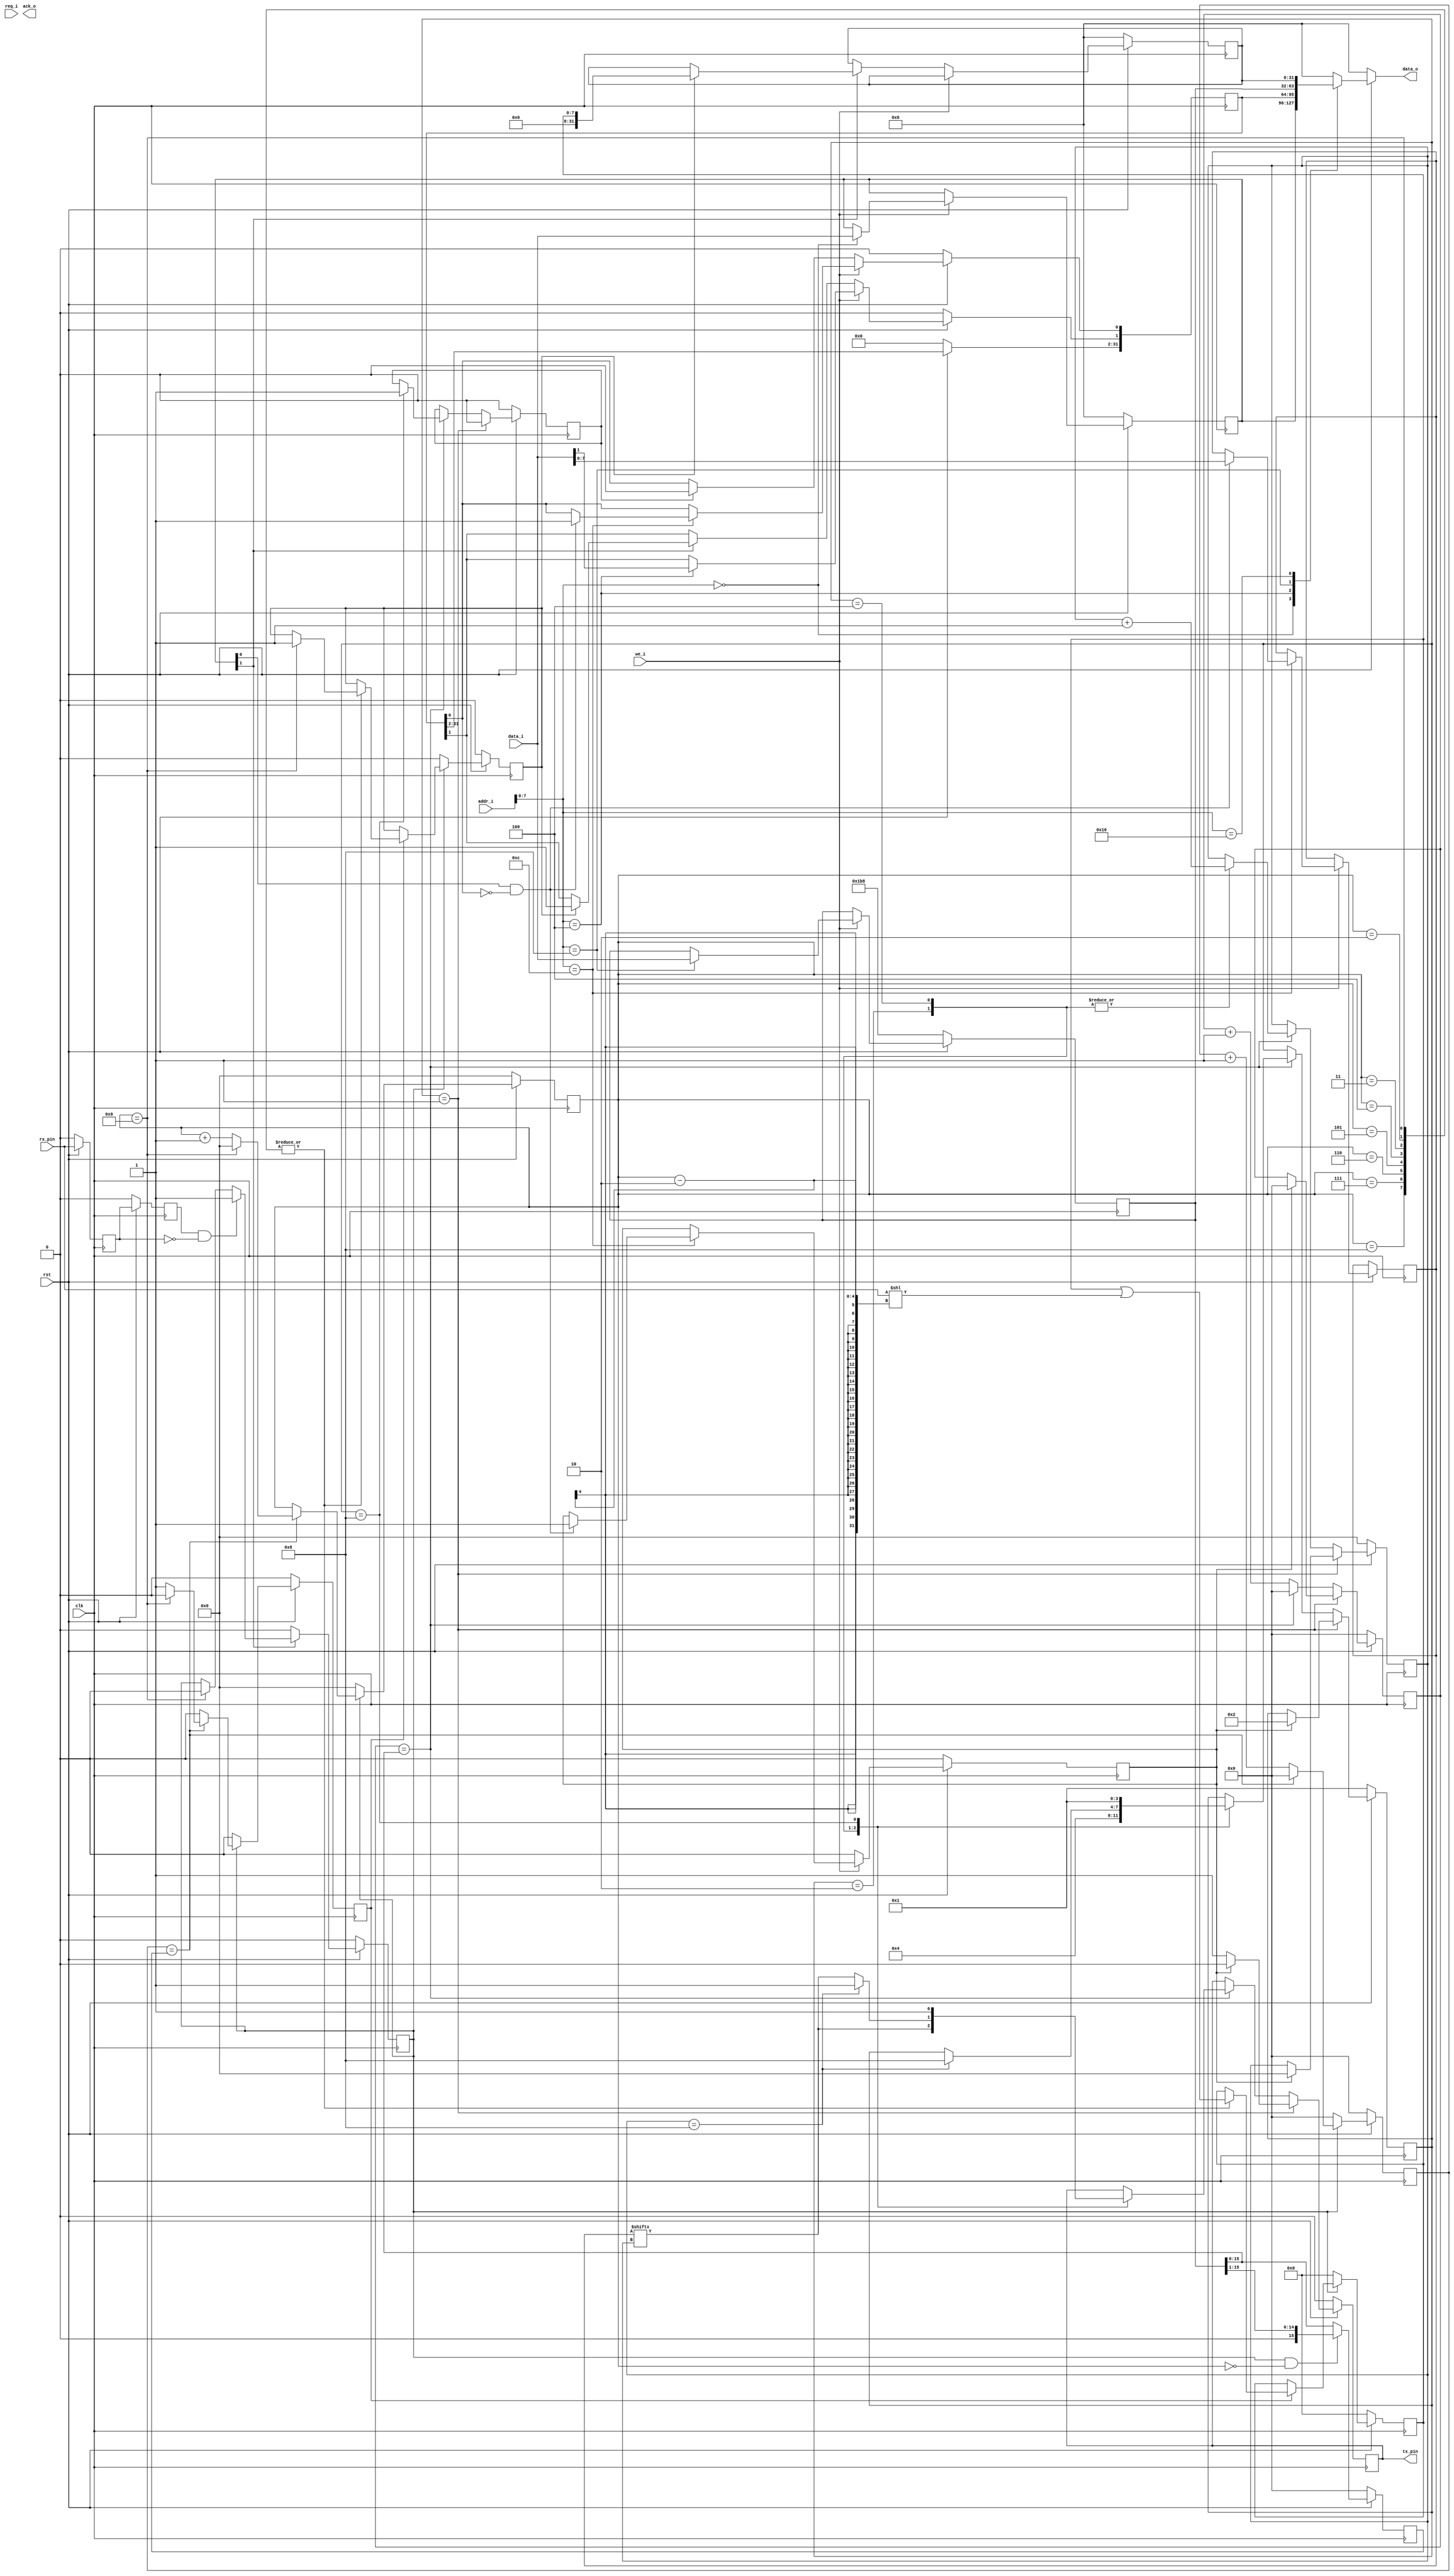
 

// 
module uart(

	input wire clk,
	input wire rst,

    input wire we_i,
    input wire req_i,
    input wire[31:0] addr_i,
    input wire[31:0] data_i,

    output reg[31:0] data_o,
    output reg ack_o,
	output wire tx_pin,
    input wire rx_pin

    );


    // 
    localparam BAUD_115200 = 32'h1B8;

    localparam S_IDLE       = 4'b0001;
    localparam S_START      = 4'b0010;
    localparam S_SEND_BYTE  = 4'b0100;
    localparam S_STOP       = 4'b1000;

    reg tx_data_valid;
    reg tx_data_ready;

    reg[3:0] state;
    reg[15:0] cycle_cnt;
    reg[3:0] bit_cnt;
    reg[7:0] tx_data;
    reg tx_reg;

    reg rx_q0;
    reg rx_q1;
    wire rx_negedge;
    reg rx_start;                      // 
    reg[3:0] rx_clk_edge_cnt;          // 
    reg rx_clk_edge_level;             // ?
    reg rx_done;
    reg[15:0] rx_clk_cnt;
    reg[15:0] rx_div_cnt;
    reg[7:0] rx_data;
    reg rx_over;

    localparam UART_CTRL = 8'h0;
    localparam UART_STATUS = 8'h4;
    localparam UART_BAUD = 8'h8;
    localparam UART_TXDATA = 8'hc;
    localparam UART_RXDATA = 8'h10;

    // addr: 0x00
    // rw. bit[0]: tx enable, 1 = enable, 0 = disable
    // rw. bit[1]: rx enable, 1 = enable, 0 = disable
    reg[31:0] uart_ctrl;

    // addr: 0x04
    // ro. bit[0]: tx busy, 1 = busy, 0 = idle
    // rw. bit[1]: rx over, 1 = over, 0 = receiving
    // must check this bit before tx data
    reg[31:0] uart_status;

    // addr: 0x08
    // rw. clk div
    reg[31:0] uart_baud;

    // addr: 0x10
    // ro. rx data
    reg[31:0] uart_rx;

    assign tx_pin = tx_reg;


    // 
    always @ (posedge clk) begin
        if (rst == 1'b0) begin
            uart_ctrl <= 32'h0;
            uart_status <= 32'h0;
            uart_rx <= 32'h0;
            uart_baud <= BAUD_115200;
            tx_data_valid <= 1'b0;
        end else begin
            if (we_i == 1'b1) begin
                case (addr_i[7:0])
                    UART_CTRL: begin
                        uart_ctrl <= data_i;
                    end
                    UART_BAUD: begin
                        uart_baud <= data_i;
                    end
                    UART_STATUS: begin
                        uart_status[1] <= data_i[1];
                    end
                    UART_TXDATA: begin
                        if (uart_ctrl[0] == 1'b1 && uart_status[0] == 1'b0) begin
                            tx_data <= data_i[7:0];
                            uart_status[0] <= 1'b1;
                            tx_data_valid <= 1'b1;
                        end
                    end
                endcase
            end else begin
                tx_data_valid <= 1'b0;
                if (tx_data_ready == 1'b1) begin
                    uart_status[0] <= 1'b0;
                end
                if (uart_ctrl[1] == 1'b1) begin
                    if (rx_over == 1'b1) begin
                        uart_status[1] <= 1'b1;
                        uart_rx <= {24'h0, rx_data};
                    end
                end
            end
        end
    end

    // 
    always @ (*) begin
        if (rst == 1'b0) begin
            data_o = 32'h0;
        end else begin
            case (addr_i[7:0])
                UART_CTRL: begin
                    data_o = uart_ctrl;
                end
                UART_STATUS: begin
                    data_o = uart_status;
                end
                UART_BAUD: begin
                    data_o = uart_baud;
                end
                UART_RXDATA: begin
                    data_o = uart_rx;
                end
                default: begin
                    data_o = 32'h0;
                end
            endcase
        end
    end

    // 

    always @ (posedge clk) begin
        if (rst == 1'b0) begin
            state <= S_IDLE;
            cycle_cnt <= 16'd0;
            tx_reg <= 1'b0;
            bit_cnt <= 4'd0;
            tx_data_ready <= 1'b0;
        end else begin
            if (state == S_IDLE) begin
                tx_reg <= 1'b1;
                tx_data_ready <= 1'b0;
                if (tx_data_valid == 1'b1) begin
                    state <= S_START;
                    cycle_cnt <= 16'd0;
                    bit_cnt <= 4'd0;
                    tx_reg <= 1'b0;
                end
            end else begin
                cycle_cnt <= cycle_cnt + 16'd1;
                if (cycle_cnt == uart_baud[15:0]) begin
                    cycle_cnt <= 16'd0;
                    case (state)
                        S_START: begin
                            tx_reg <= tx_data[bit_cnt];
                            state <= S_SEND_BYTE;
                            bit_cnt <= bit_cnt + 4'd1;
                        end
                        S_SEND_BYTE: begin
                            bit_cnt <= bit_cnt + 4'd1;
                            if (bit_cnt == 4'd8) begin
                                state <= S_STOP;
                                tx_reg <= 1'b1;
                            end else begin                
                                tx_reg <= tx_data[bit_cnt];
                            end
                        end
                        S_STOP: begin
                            tx_reg <= 1'b1;
                            state <= S_IDLE;
                            tx_data_ready <= 1'b1;
                        end
                    endcase
                end
            end
        end
    end

    // 

    // 
    assign rx_negedge = rx_q1 && ~rx_q0;


    always @ (posedge clk) begin
        if (rst == 1'b0) begin
            rx_q0 <= 1'b0;
            rx_q1 <= 1'b0;	
        end else begin
            rx_q0 <= rx_pin;
            rx_q1 <= rx_q0;
        end
    end

    // 
    always @ (posedge clk) begin
        if (rst == 1'b0) begin
            rx_start <= 1'b0;
        end else begin
            if (uart_ctrl[1]) begin
                if (rx_negedge) begin
                    rx_start <= 1'b1;
                end else if (rx_clk_edge_cnt == 4'd9) begin
                    rx_start <= 1'b0;
                end
            end else begin
                rx_start <= 1'b0;
            end
        end
    end

    always @ (posedge clk) begin
        if (rst == 1'b0) begin
            rx_div_cnt <= 16'h0;
        end else begin
            // 
            if (rx_start == 1'b1 && rx_clk_edge_cnt == 4'h0) begin
                rx_div_cnt <= {1'b0, uart_baud[15:1]};
            end else begin
                rx_div_cnt <= uart_baud[15:0];
            end
        end
    end

    // ?
    always @ (posedge clk) begin
        if (rst == 1'b0) begin
            rx_clk_cnt <= 16'h0;
        end else if (rx_start == 1'b1) begin
            // 
            if (rx_clk_cnt == rx_div_cnt) begin
                rx_clk_cnt <= 16'h0;
            end else begin
                rx_clk_cnt <= rx_clk_cnt + 1'b1;
            end
        end else begin
            rx_clk_cnt <= 16'h0;
        end
    end

    // 
    always @ (posedge clk) begin
        if (rst == 1'b0) begin
            rx_clk_edge_cnt <= 4'h0;
            rx_clk_edge_level <= 1'b0;
        end else if (rx_start == 1'b1) begin
            // ?
            if (rx_clk_cnt == rx_div_cnt) begin
                // ??
                if (rx_clk_edge_cnt == 4'd9) begin
                    rx_clk_edge_cnt <= 4'h0;
                    rx_clk_edge_level <= 1'b0;
                end else begin
                    // 
                    rx_clk_edge_cnt <= rx_clk_edge_cnt + 1'b1;
                    // ?
                    rx_clk_edge_level <= 1'b1;
                end
            end else begin
                rx_clk_edge_level <= 1'b0;
            end
        end else begin
            rx_clk_edge_cnt <= 4'h0;
            rx_clk_edge_level <= 1'b0;
        end
    end

    // bit
    always @ (posedge clk) begin
        if (rst == 1'b0) begin
            rx_data <= 8'h0;
            rx_over <= 1'b0;
        end else begin
            if (rx_start == 1'b1) begin
                // ?
                if (rx_clk_edge_level == 1'b1) begin
                    case (rx_clk_edge_cnt)
                        // 
                        1: begin

                        end
                        // ?
                        2, 3, 4, 5, 6, 7, 8, 9: begin
                            rx_data <= rx_data | (rx_pin << (rx_clk_edge_cnt - 2));
                            // 
                            if (rx_clk_edge_cnt == 4'h9) begin
                                rx_over <= 1'b1;
                            end
                        end
                    endcase
                end
            end else begin
                rx_data <= 8'h0;
                rx_over <= 1'b0;
            end
        end
    end

endmodule